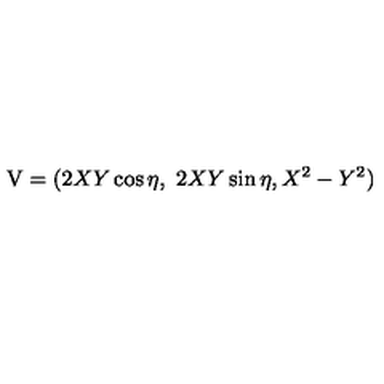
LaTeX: { \mathrm { \boldmath V } } = ( 2 X Y \cos \eta , \ 2 X Y \sin \eta , X ^ { 2 } - Y ^ { 2 } )